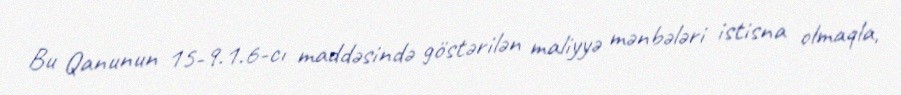
Bu Qanunun 15-9.1.6-cı maddəsində göstərilən maliyyə mənbələri istisna olmaqla,